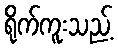
ရိုက်ကူးသည့်